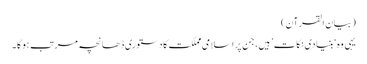
(بیان القرآن)
یہی وہ ‘بنیادی نکات’ ہیں، جن پر اسلامی مملکت کا دستوری ڈھانچہ مرتب ہوگا۔